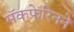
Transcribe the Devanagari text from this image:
मॅकफेरिनने